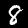
Digit: 8